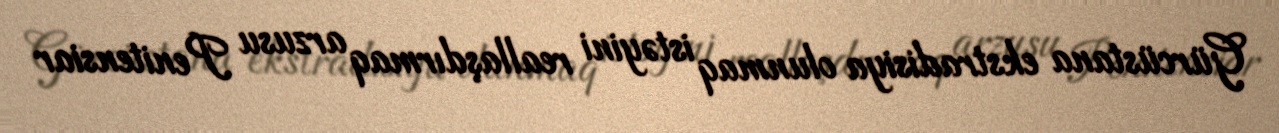
Gürcüstana ekstradisiya olunmaq istəyini reallaşdırmaq arzusu Penitensiar